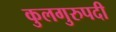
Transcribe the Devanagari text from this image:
कुलगुरुपदी